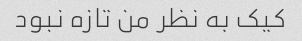
کیک به نظر من تازه نبود